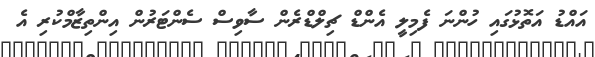
އައްޑު އަތޮޅުގައި ހުންނަ ފެމިލީ އެންޑް ޗިލްޑްރެން ސާވިސް ސެންޓަރުން އިންތިޒާމްކުރި އެ